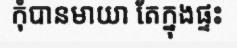
កុំបានមាយា តែក្នុងផ្ទះ